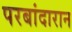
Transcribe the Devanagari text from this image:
परबांदारान